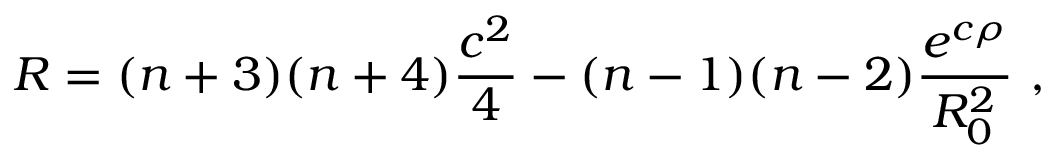
R = ( n + 3 ) ( n + 4 ) \frac { c ^ { 2 } } { 4 } - ( n - 1 ) ( n - 2 ) \frac { e ^ { c \rho } } { R _ { 0 } ^ { 2 } } ~ ,